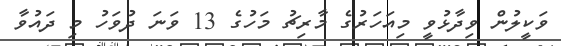
ވަކީލުން ވިދާޅުވީ މިއަހަރުގެ މާރިޗު މަހުގެ 13 ވަނަ ދުވަހު މި ދައުވާ